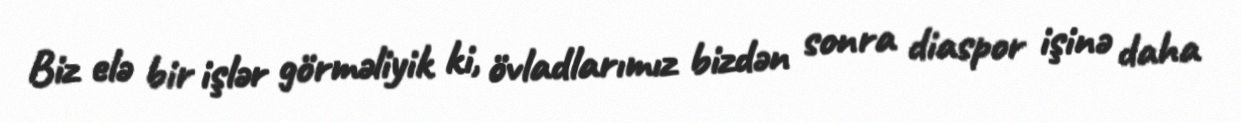
Biz elə bir işlər görməliyik ki, övladlarımız bizdən sonra diaspor işinə daha